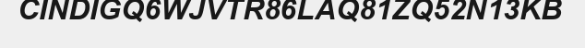
CINDIGQ6WJVTR86LAQ81ZQ52N13KB